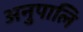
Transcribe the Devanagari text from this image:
अनुपालि